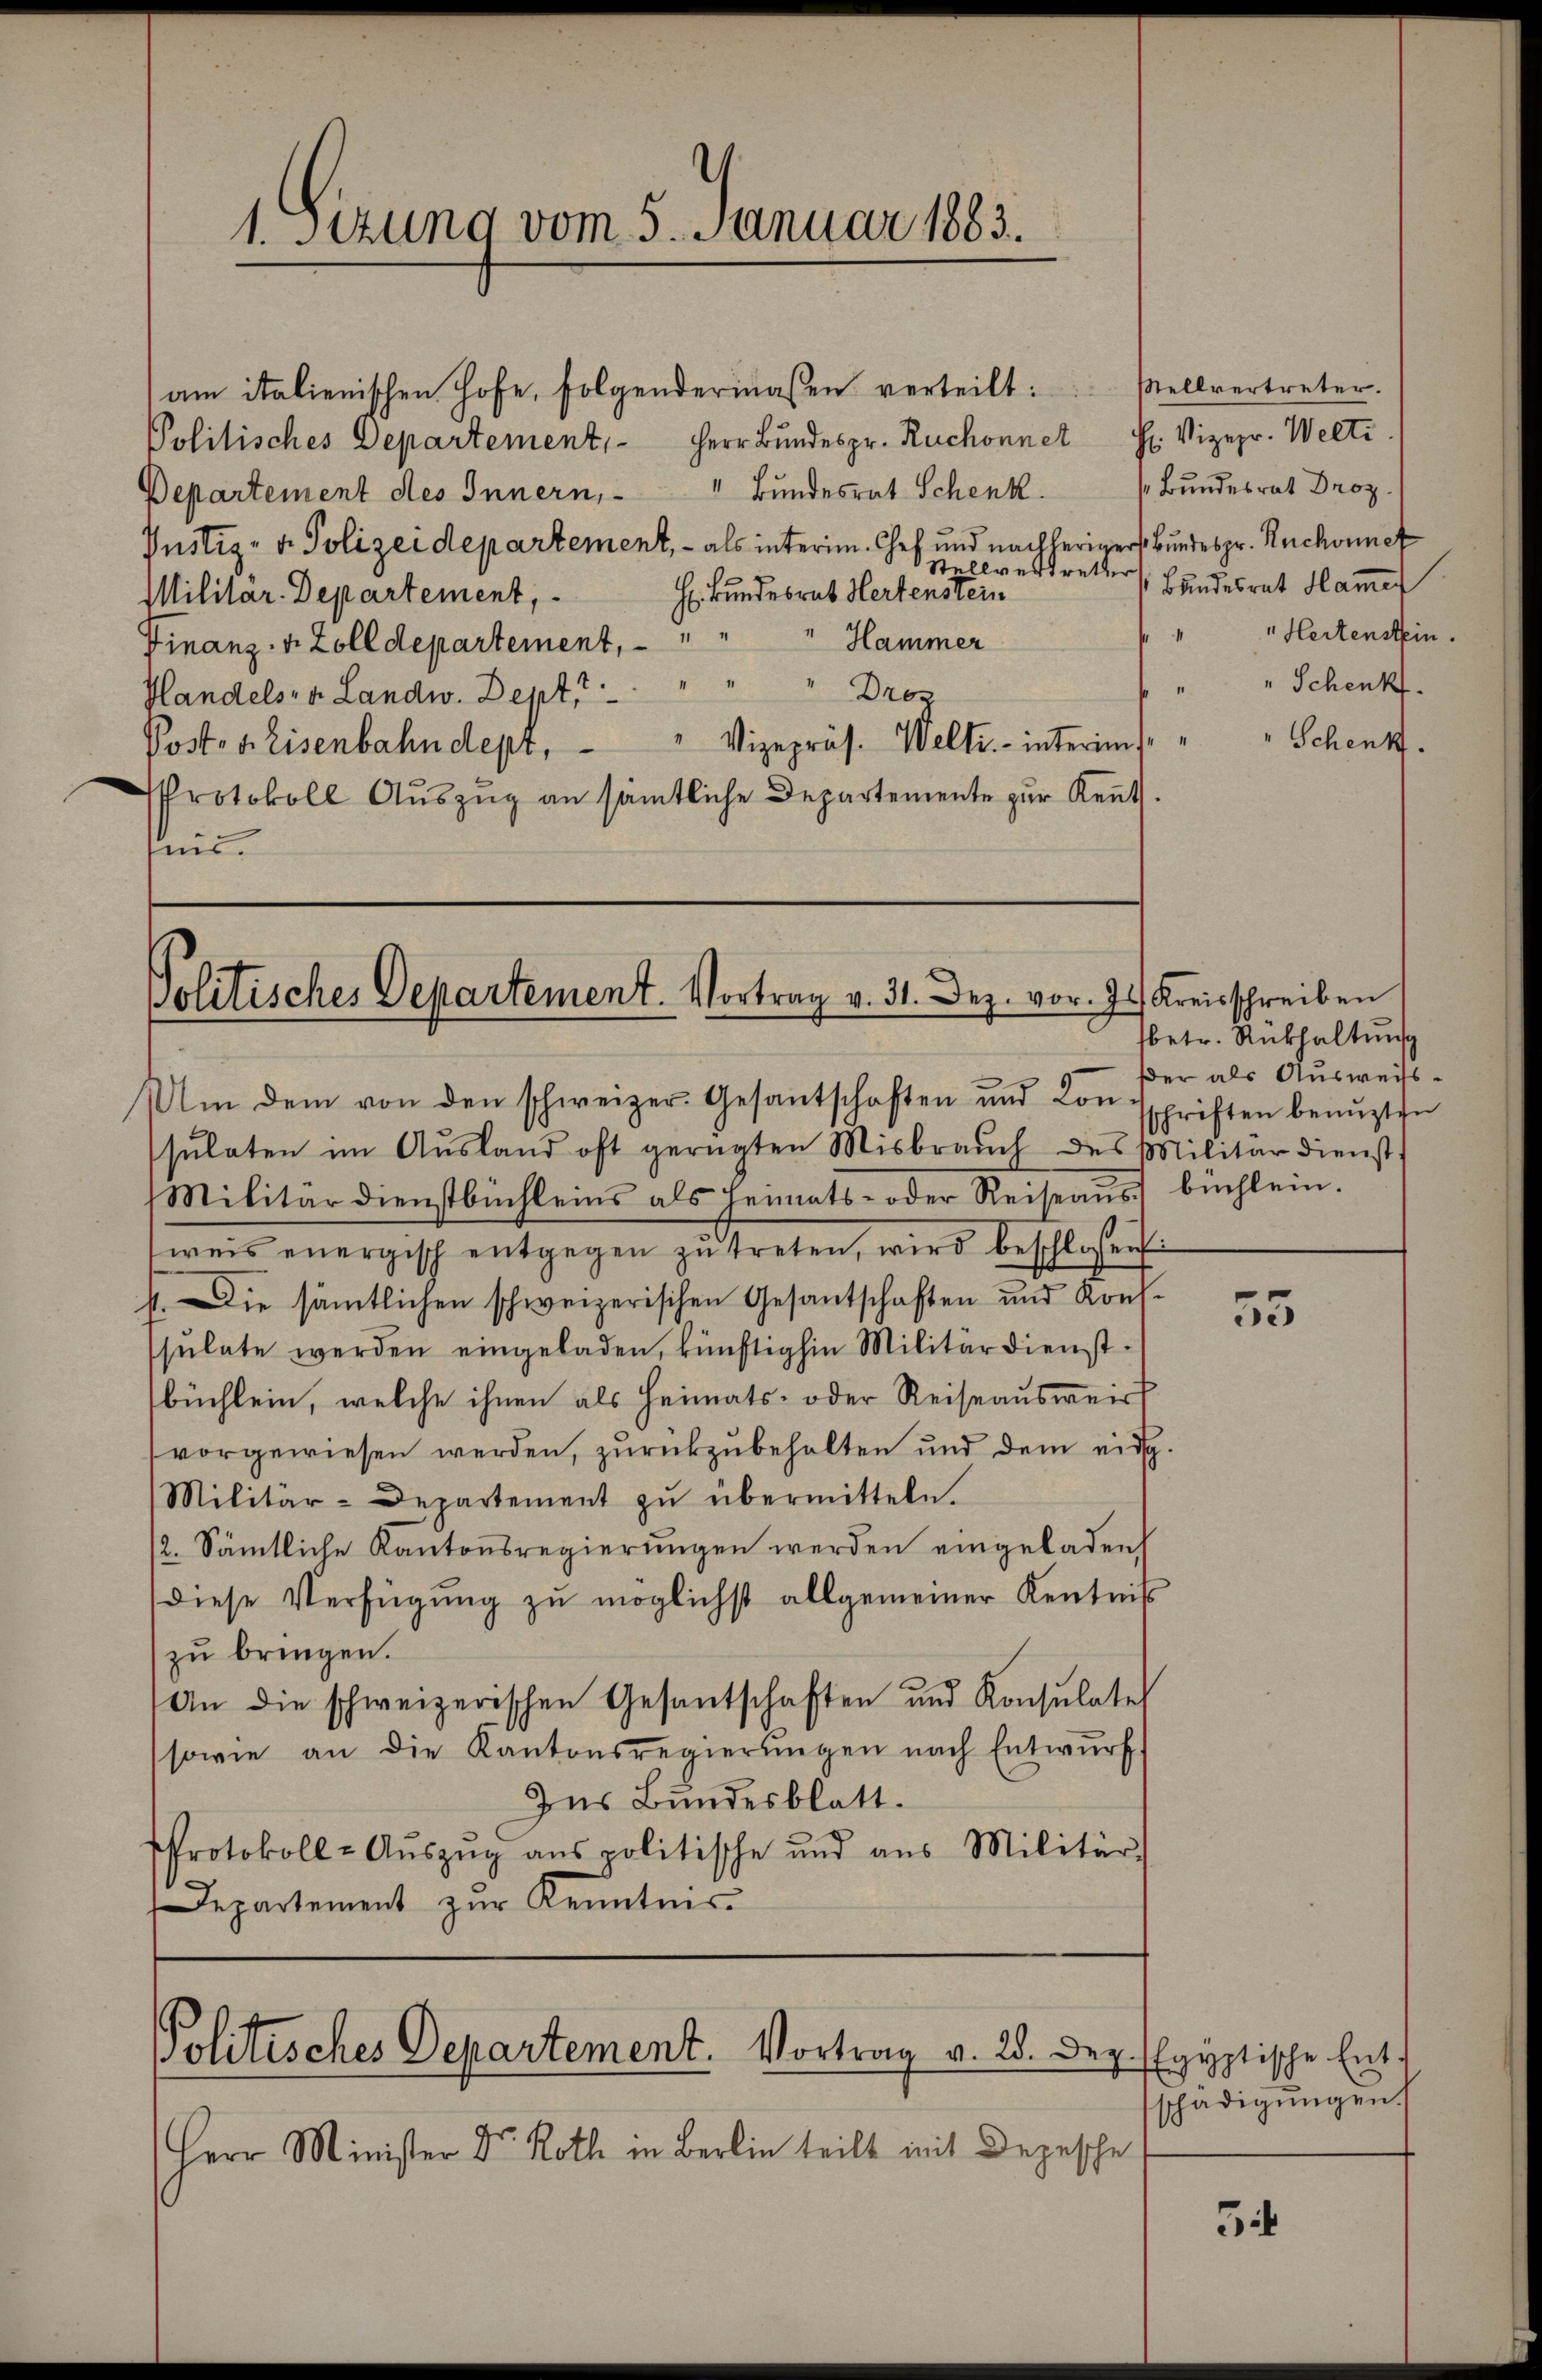
am italienischen Hofe, folgendermaßen verteilt:
Herr Bundespr. Ruchonnet
Politisches Departement,
Departement des Innern, - " Bundesrat Schenk.
Pustiz- u. Polizeidepartement, - als interim. Chef und nachherigers Bundes pr. Ruchornet
Stellvertretter
g
H. Bundesrat Hertenstein
Militar-Departement,
Hammer
Finanz- u. Zolldepartement,
Droz
Handels- u. Landw. Dept, " "
Poster Eisenbahndepr, " Vizepräs. Welti. - interims¬
Protokoll Aŭszŭg an sämtliche Departemente zŭr Kent.
mie.

1. Sezung vom 5. Januar 1883.

politisches Departement. Vortrag v. 31. Dez. vor. Js. Kreisschreiben
Um dem von den schweizer. Gesantschaften und von Eschriften benuzten

Politisches Departement. Vortrag v. 28. Dez. Egyptische Ent¬

Herr Minister Dr. Roth in Berlin teilt mit Depesche

Stellvertreter.
H: Vizepr. Welti
Bundesrat Droz.
Bundesrat Hammer
Hertenstein.
" " Schenkt.
Schenk.

sŭlaten im Aŭsland oft gerügten Misbrauch des Militärdienst
Militärdienstbüchleins als Heimats- oder Reiseaŭs büchlein.
sweis energisch entgegen zŭ treten, wird beschlossen:
4. Die sämmtlichen schweizerischen Gesantschaften und Konsssulate werden eingeladen, künftighin Militärdienstbüchlein, welche ihnen als Heimats- oder Reiseausweis
vorgewiesen werden, zurückzubehalten und dem eidg.
Militär-Departement zŭ übermitteln.
2. Sämtliche Kantonsregierungen werden eingeladen
diese Verfügung zu möglichst allgemeiner Kenntnis
zu bringen.
An die schweizerischen Gesantschaften und Konsulate
sowie an die Kantonsregierŭngen nach Entwŭrf
Ins Bundesblatt.
Protokoll-Aŭszŭg ans politische und aus Militär-
Departement zŭr Kenntnis-

fbetr. Rückhaltung
der als Ausweiss¬

55

schädigŭngen.

3if